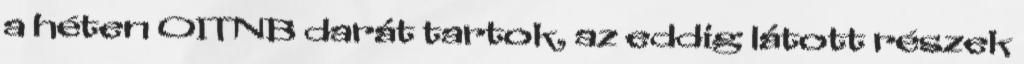
a héten OITNB darát tartok, az eddig látott részek